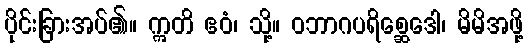
ပိုင်းခြားအပ်၏။ ဣတိ ဧဝံ၊ သို့။ ဝဘာဂပရိစ္ဆေဒေါ၊ မိမိအဖို့